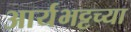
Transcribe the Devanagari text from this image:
आर्यभट्टच्या